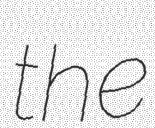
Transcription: the